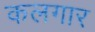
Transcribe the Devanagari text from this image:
कलगार